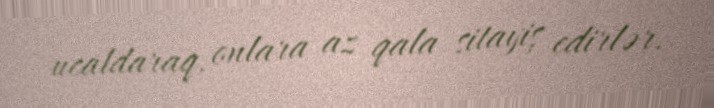
ucaldaraq, onlara az qala sitayiş edirlər.